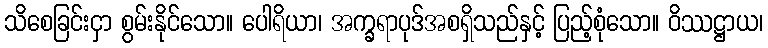
သိစေခြင်းငှာ စွမ်းနိုင်သော။ ပေါရိယာ၊ အက္ခရာပုဒ်အစရှိသည်နှင့် ပြည့်စုံသော။ ဝိဿဋ္ဌာယ၊